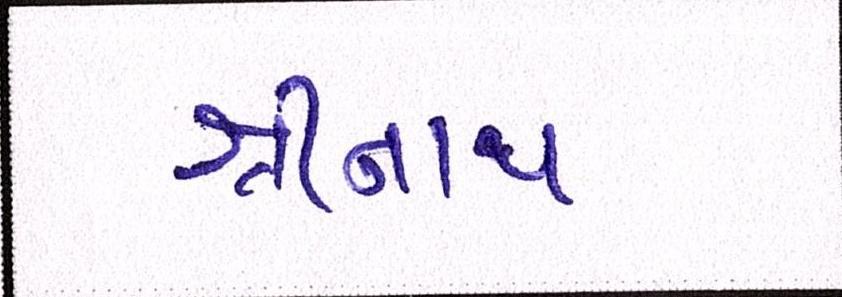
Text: શ્રીનાથ